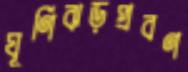
ঘূর্ণিঝড়প্রবণ